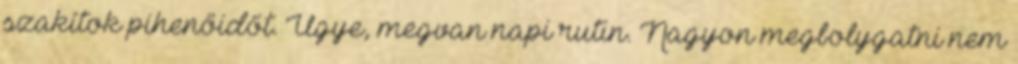
szakítok pihenőidőt. Ugye, megvan napi rutin. Nagyon megbolygatni nem